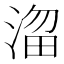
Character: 𣹒